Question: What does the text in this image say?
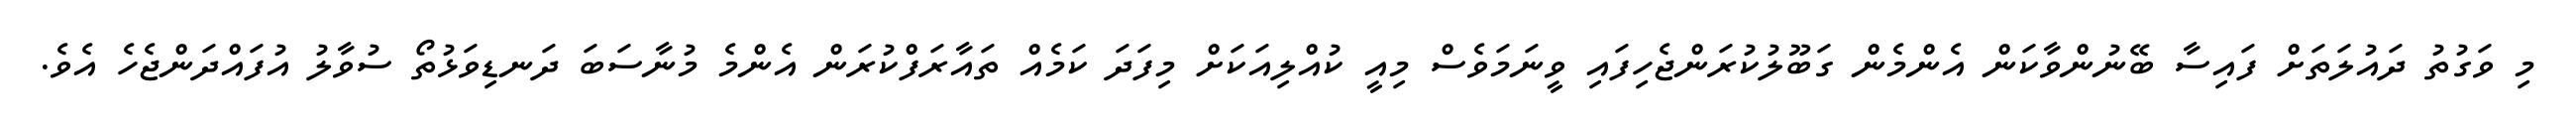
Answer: މި ވަގުތު ދައުލަތަށް ފައިސާ ބޭނުންވާކަން އެންމެން ގަބޫލުކުރަންޖެހިފައި ވީނަމަވެސް މިއީ ކުއްލިއަކަށް މިފަދަ ކަމެއް ތައާރަފްކުރަން އެންމެ މުނާސަބަ ދަނޑިވަޅުތޯ ސުވާލު އުފައްދަންޖެހެ އެވެ.